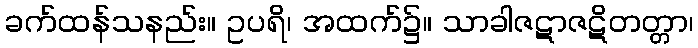
ခက်ထန်သနည်း။ ဥပရိ၊ အထက်၌။ သာခါဇဋာဇဋိတတ္တာ၊